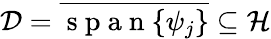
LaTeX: \mathcal D=\overline{{\mathrm{~s~p~a~n~}\{ \psi_{j}\} }}\subseteq\mathcal H